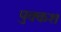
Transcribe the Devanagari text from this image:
पुक्कश